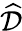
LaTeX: \widehat{\cal D}